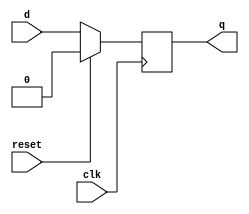
module mux_dff(input reset,input d, input clk,output reg q);
reg r;
always@(d or reset)
begin
    if(reset)
      r<=0;
    else
     r<=d;
end
always@(posedge clk)
 q<=r;
 endmodule